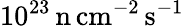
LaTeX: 10^{23}\, \mathrm{n\, cm^{-2}\, s^{-1}}